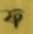
ফ